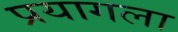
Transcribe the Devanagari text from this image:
प्रयागला